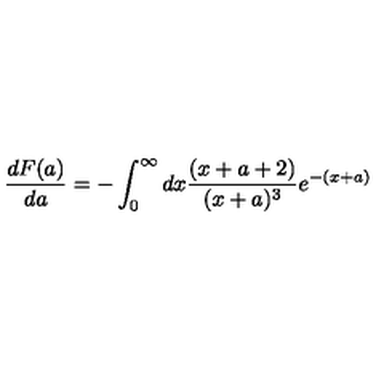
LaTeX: \frac { d F ( a ) } { d a } = - \int _ { 0 } ^ { \infty } d x \frac { ( x + a + 2 ) } { ( x + a ) ^ { 3 } } e ^ { - ( x + a ) }